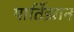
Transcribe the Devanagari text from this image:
पार्तिझान